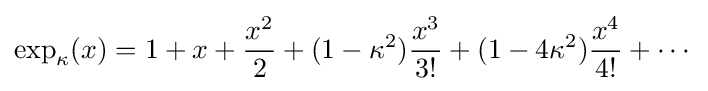
\exp _{\kappa }(x)=1+x+{\frac {x^{2}}{2}}+(1-\kappa ^{2}){\frac {x^{3}}{3!}}+(1-4\kappa ^{2}){\frac {x^{4}}{4!}}+\cdots